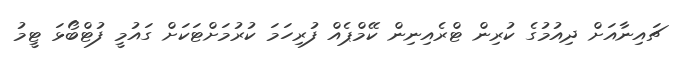
ޗައިނާއަށް ދިއުމުގެ ކުރިން ޓްރެއިނިން ކޭމްޕެއް ފުރިހަމަ ކުރުމަށްޓަކަށް ގައުމީ ފުޓްބޯޅަ ޓީމު